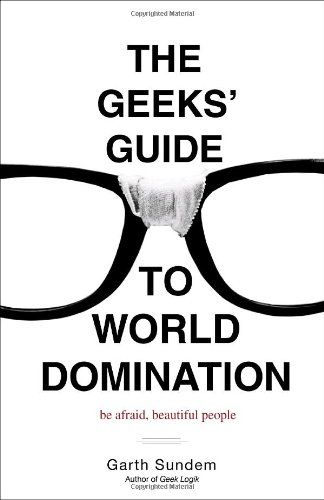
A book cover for The Geeks' Guide to World Domination: Be Afraid, Beautiful People; Garth Sundem; Humor & Entertainment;